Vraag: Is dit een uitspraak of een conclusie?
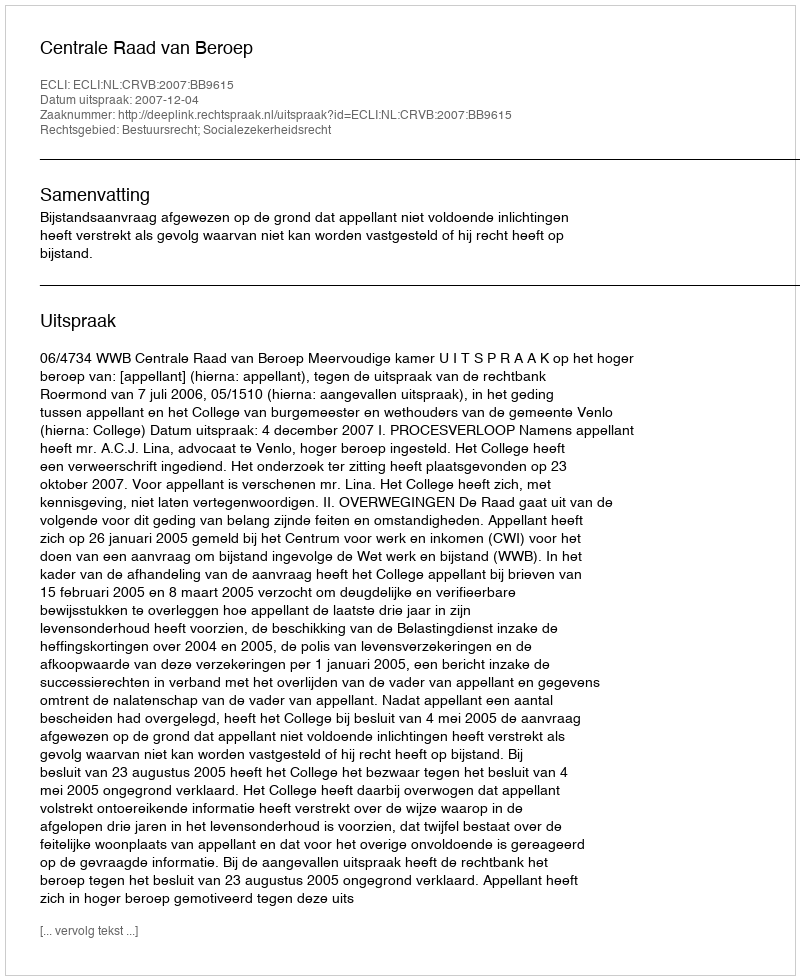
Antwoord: Uitspraak